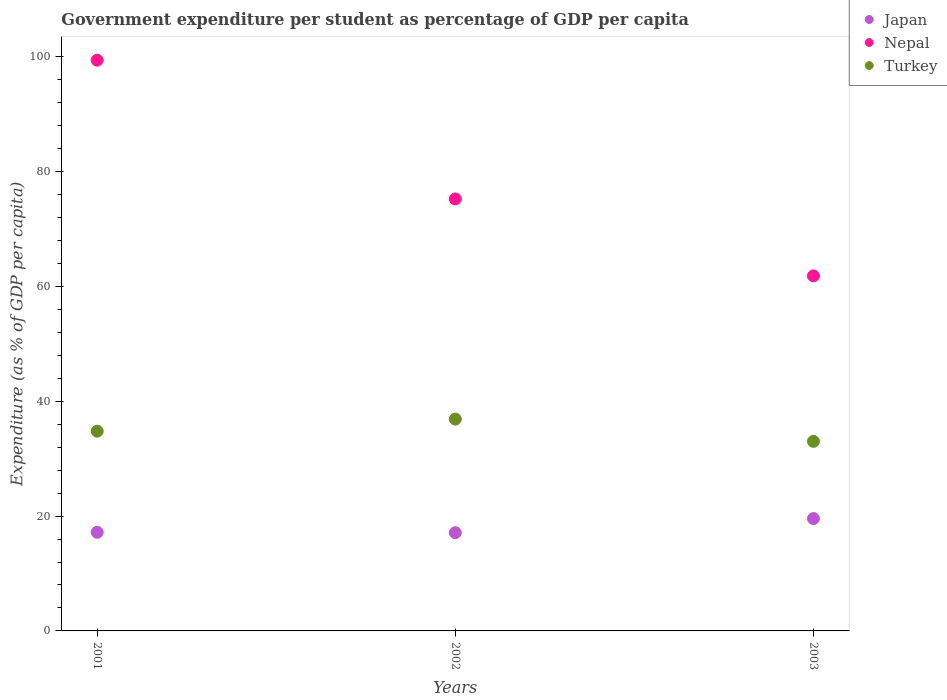
| Years | Japan | Nepal | Turkey |
 | --- | --- | --- | --- |
 | 2001 | 17.2 | 99.4 | 34.8 |
 | 2002 | 17.1 | 75.2 | 36.9 |
 | 2003 | 19.6 | 61.8 | 33 |